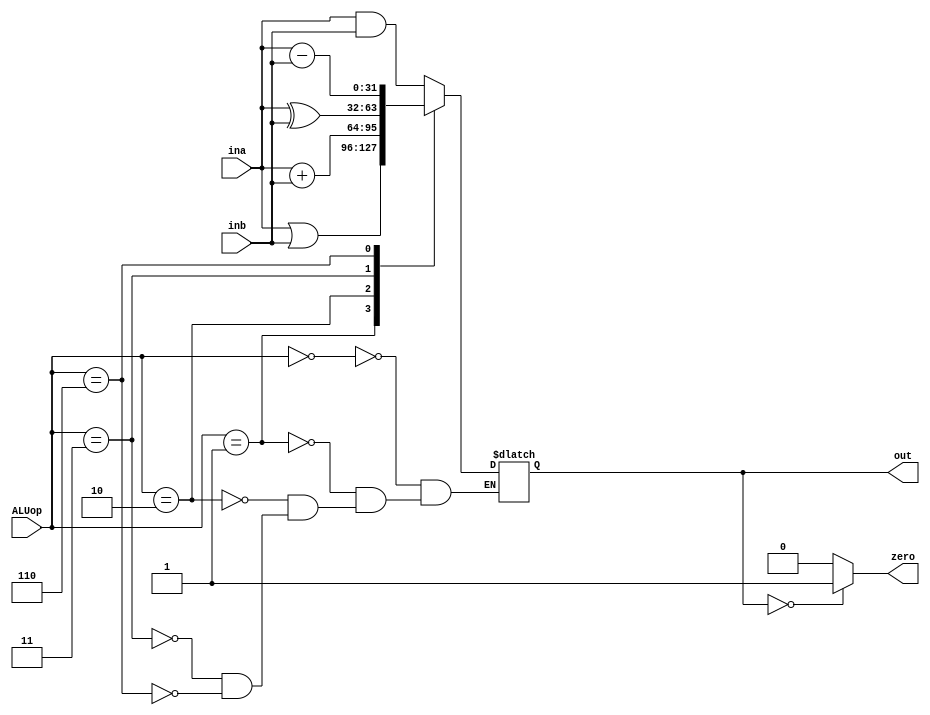
`timescale 1ns / 1ps



module ALU(input [3:0] ALUop, //ALUinput
           input [31:0] ina, inb,
           output zero,
           output reg [31:0] out);
           
always@(*) begin
    case(ALUop)
        4'b0000: out <= ina & inb;   //and
        4'b0001: out <= ina | inb;   //or
        4'b0010: out <= ina + inb;   //add
        4'b0011: out <= ina ^ inb;  //xor
        4'b0110: out <= ina - inb;   //subtract
		//completeaza aici cu tot ce in tabelul ala, mi-a scazut ca nu le-am facut pe toate
    endcase   
end           

assign zero = (out == 0) ? 1 : 0;     
      
endmodule